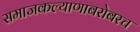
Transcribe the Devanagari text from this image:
समाजकल्याणाबरोबरच